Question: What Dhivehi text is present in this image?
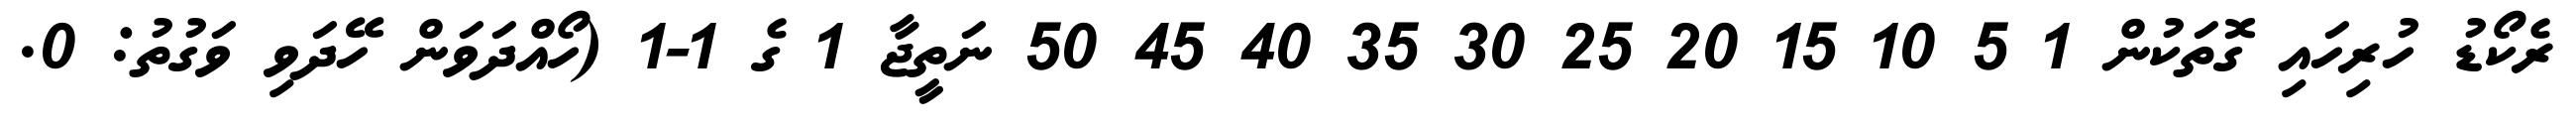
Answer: ރެކޯޑު ހުރިހައި ގޮތަކުން 1 5 10 15 20 25 30 35 40 45 50 ނަތީޖާ 1 ގެ 1-1 (ހޯއްދަވަން ހޭދަވި ވަގުތު: 0.